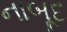
નાબૂદ